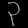
Digit: ၃